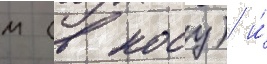
м (в носу) и́